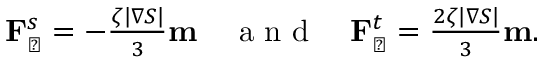
\begin{array} { r } { \mathbf { F } _ { \perp } ^ { s } = - \frac { \zeta \vert \nabla S \vert } { 3 } \mathbf { m } \quad \mathrm { ~ a ~ n ~ d ~ } \quad \mathbf { F } _ { \perp } ^ { t } = \frac { 2 \zeta \vert \nabla S \vert } { 3 } \mathbf { m } . } \end{array}